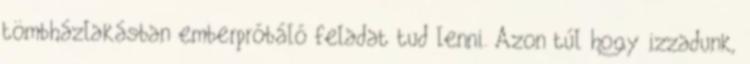
tömbházlakásban emberpróbáló feladat tud lenni. Azon túl hogy izzadunk,